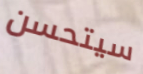
سيتحسن